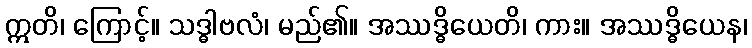
ဣတိ၊ ကြောင့်။ သဒ္ဓါဗလံ၊ မည်၏။ အဿဒ္ဓိယေတိ၊ ကား။ အဿဒ္ဓိယေန၊